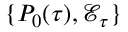
\{ P _ { 0 } ( \tau ) , \mathcal { E } _ { \tau } \}